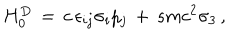
LaTeX: H _ { 0 } ^ { D } \, = \, c \, \epsilon _ { i j } \sigma _ { i } p _ { j } \, + \, s m c ^ { 2 } \sigma _ { 3 } \, ,